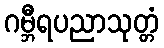
ဂမ္ဘီရပညာသုတ္တံ